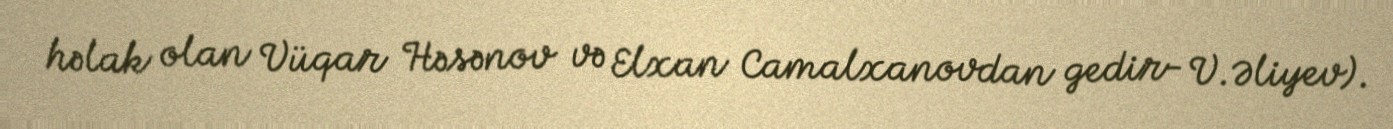
həlak olan Vüqar Həsənov və Elxan Camalxanovdan gedir- V.Əliyev).